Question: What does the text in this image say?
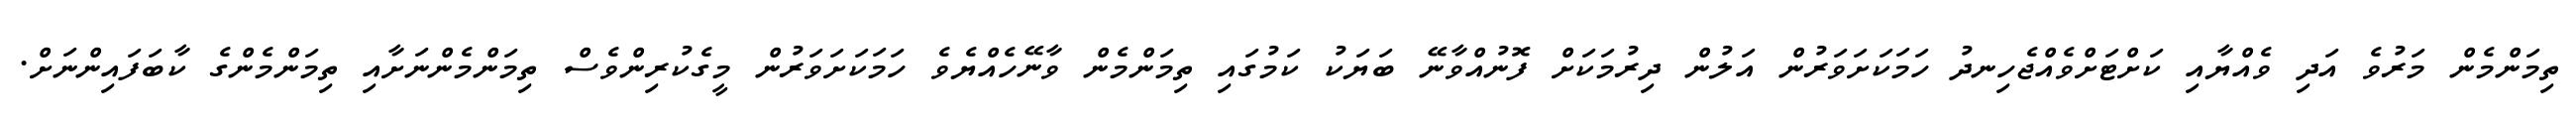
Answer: ތިމަންމެން މަރުވެ އަދި ވެއްޔާއި ކަށްޓަށްވެއްޖެހިނދު ހަމަކަށަވަރުން އަލުން ދިރުމަކަށް ފޮނުއްވާނޭ ބަޔަކު ކަމުގައި ތިމަންމެން ވާނޭހެއްޔެވެ ހަމަކަށަވަރުން މީގެކުރިންވެސް ތިމަންމެންނަށާއި ތިމަންމެންގެ ކާބަފައިންނަށް.